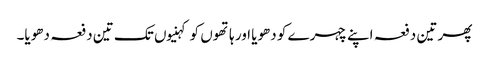
پھر تین دفعہ اپنے چہرے کو دھویا اور ہاتھوں کو کہنیوں تک تین دفعہ دھویا۔